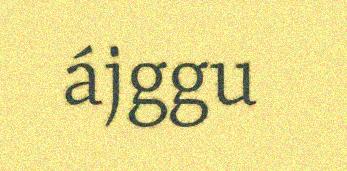
ájggu